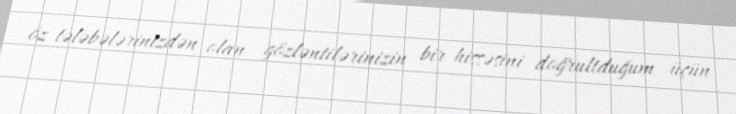
öz tələbələrinizdən olan gözləntilərinizin bir hissəsini doğrultduğum üçün